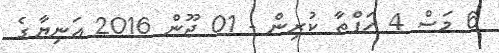
6 މަސް 4 ހަފްތާ ކުރިން - 01 ޖޫން 2016 އަނިޔާގެ